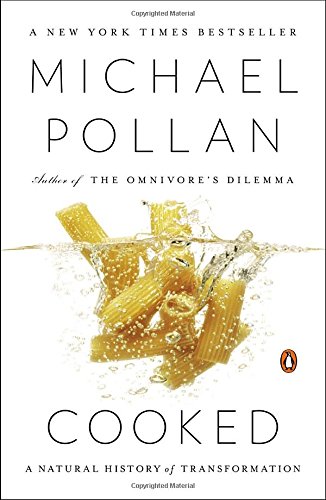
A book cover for Cooked: A Natural History of Transformation; Michael Pollan; Cookbooks, Food & Wine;